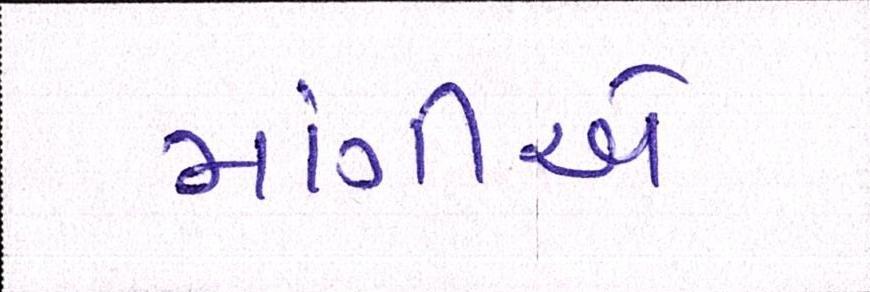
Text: માંગીએ